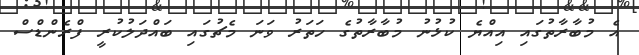
އެ މުބާރާތުގައި އިއްޔެ ކުޅުނު މުބާރާތުގެ ހަތަރު ވަނަ މެޗުގައި ބައްދަލުކުރީ ފްރެންޑްސް